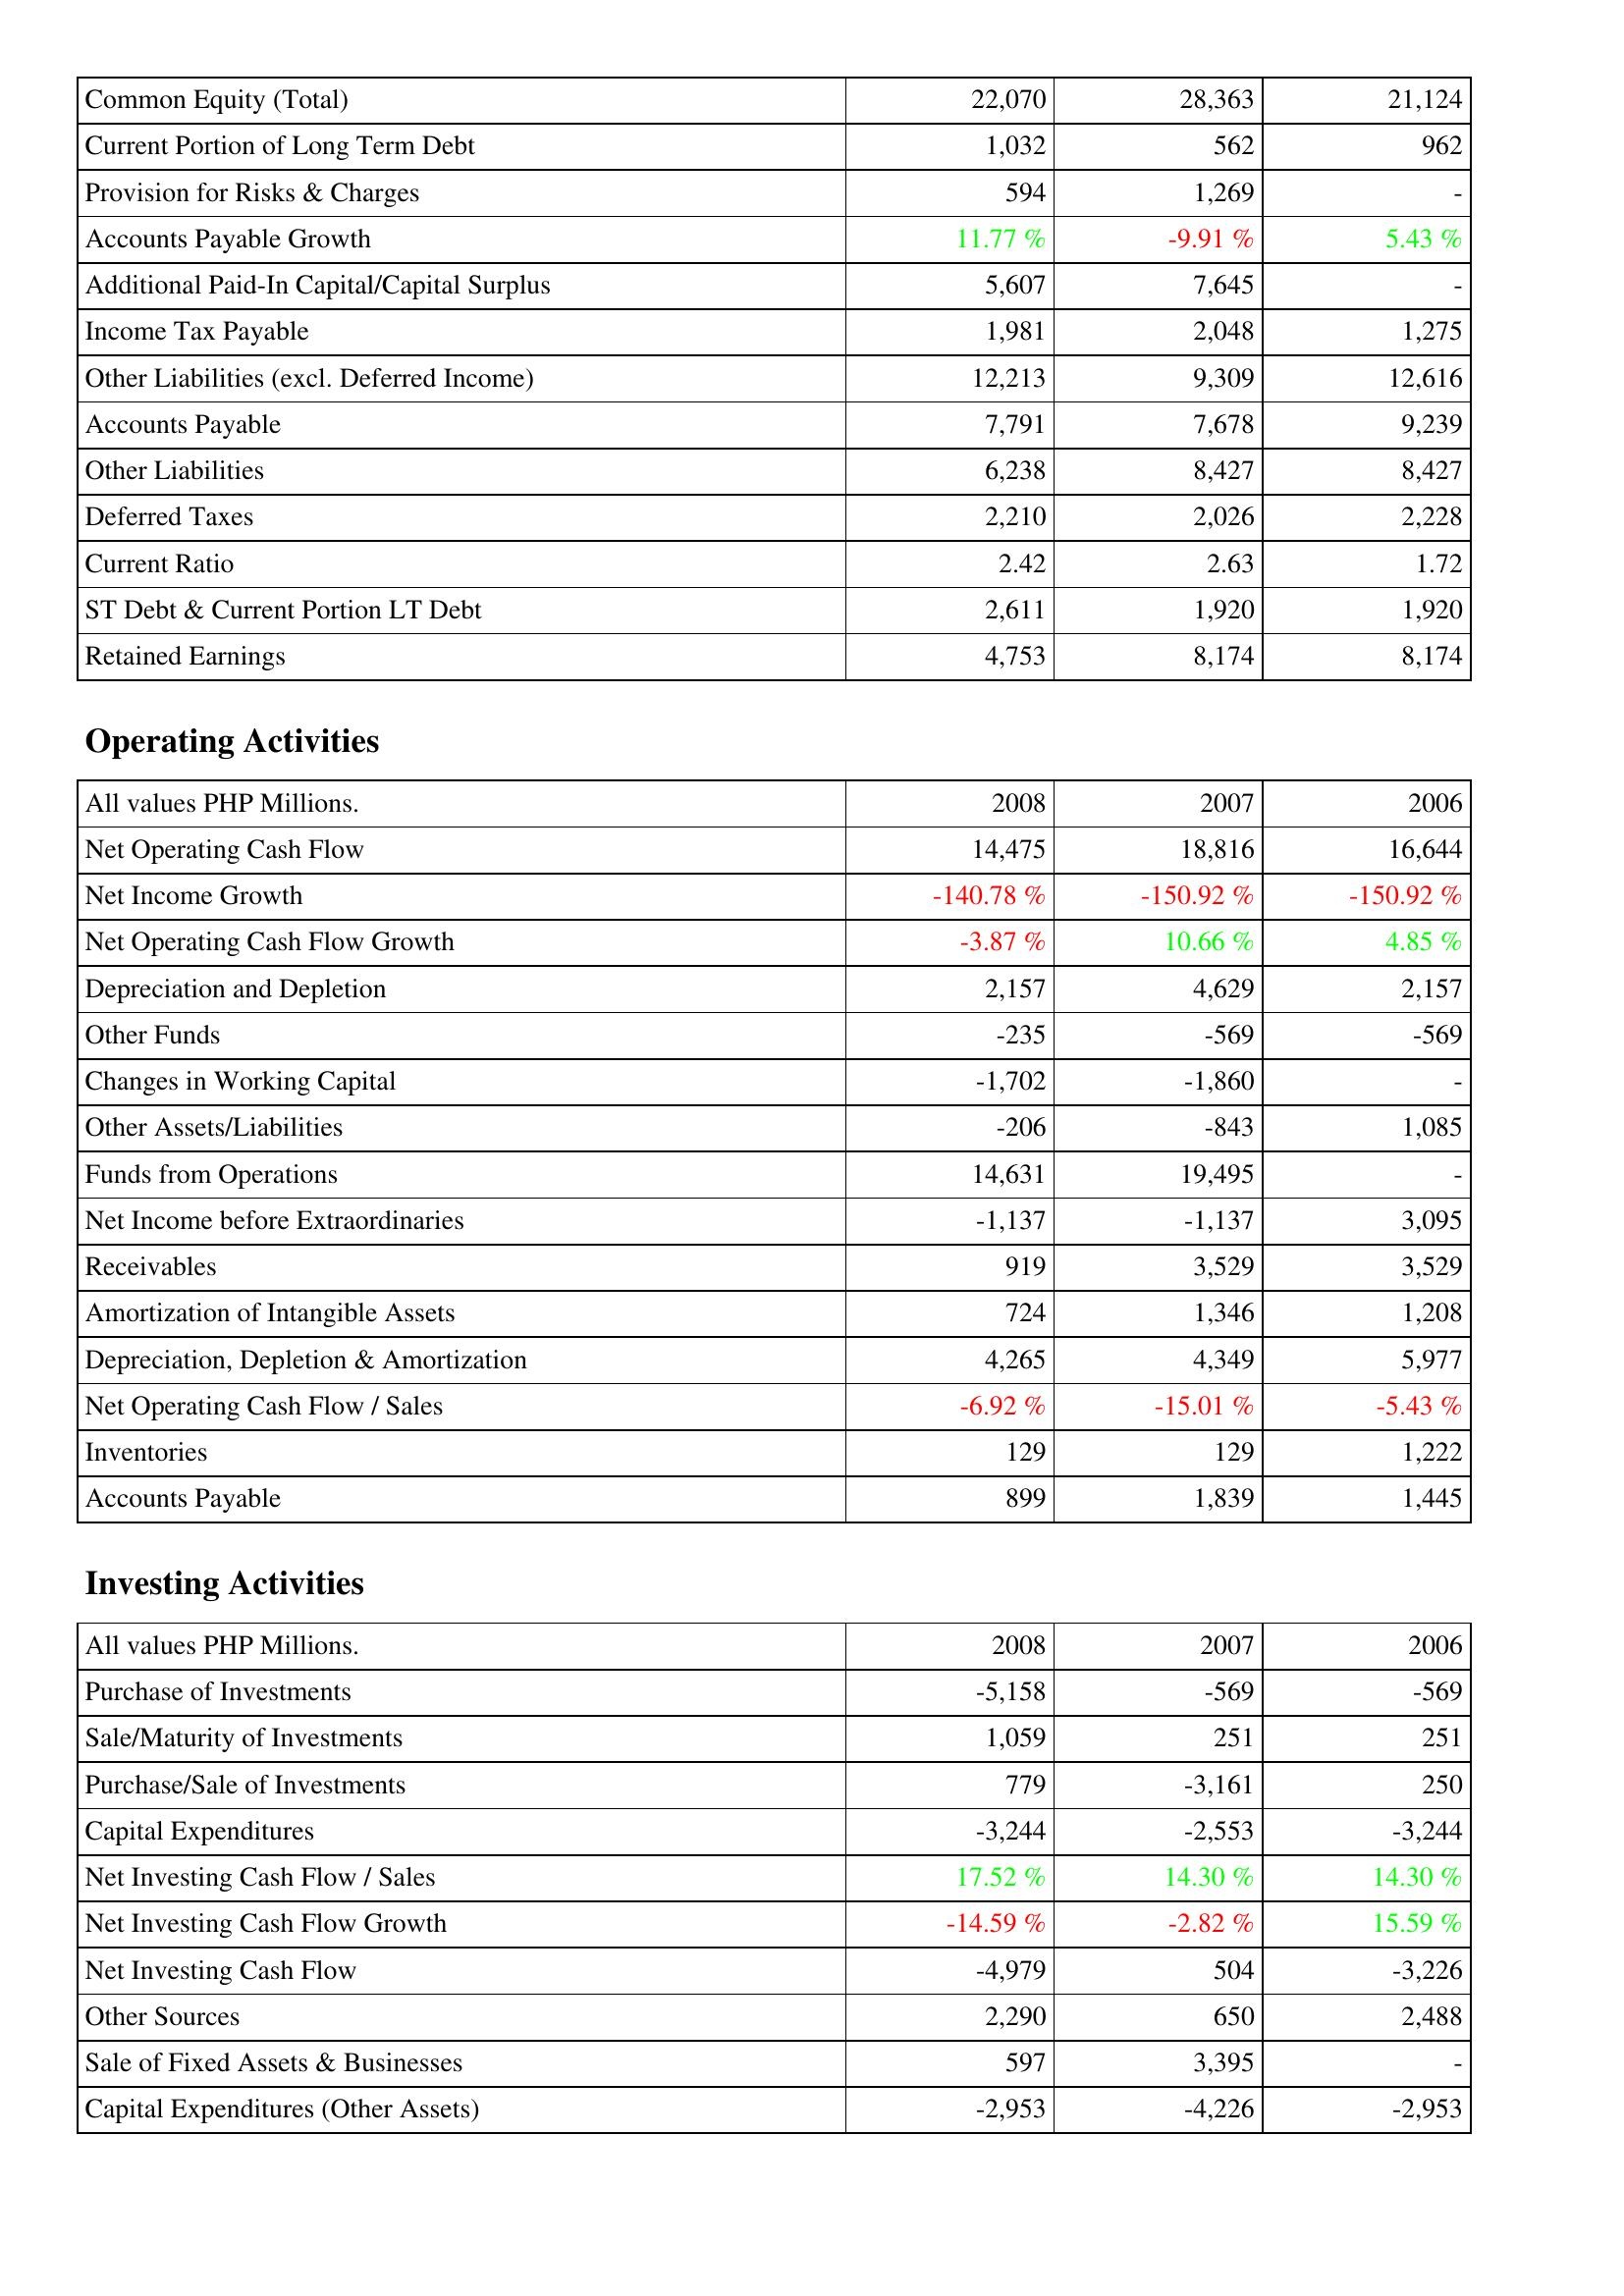
2008: Liabilities & Shareholders' Equity: Common Equity (Total): 22,070
Current Portion of Long Term Debt: 1,032
Provision for Risks & Charges: 594
Accounts Payable Growth: 11.77 %
Additional Paid-In Capital/Capital Surplus: 5,607
Income Tax Payable: 1,981
Other Liabilities (excl. Deferred Income): 12,213
Accounts Payable: 7,791
Other Liabilities: 6,238
Deferred Taxes: 2,210
Current Ratio: 2.42
ST Debt & Current Portion LT Debt: 2,611
Retained Earnings: 4,753
Operating Activities: Net Operating Cash Flow: 14,475
Net Income Growth: -140.78 %
Net Operating Cash Flow Growth: -3.87 %
Depreciation and Depletion: 2,157
Other Funds: -235
Changes in Working Capital: -1,702
Other Assets/Liabilities: -206
Funds from Operations: 14,631
Net Income before Extraordinaries: -1,137
Receivables: 919
Amortization of Intangible Assets: 724
Depreciation, Depletion & Amortization: 4,265
Net Operating Cash Flow / Sales: -6.92 %
Inventories: 129
Accounts Payable: 899
Investing Activities: Purchase of Investments: -5,158
Sale/Maturity of Investments: 1,059
Purchase/Sale of Investments: 779
Capital Expenditures: -3,244
Net Investing Cash Flow / Sales: 17.52 %
Net Investing Cash Flow Growth: -14.59 %
Net Investing Cash Flow: -4,979
Other Sources: 2,290
Sale of Fixed Assets & Businesses: 597
Capital Expenditures (Other Assets): -2,953
2007: Liabilities & Shareholders' Equity: Common Equity (Total): 28,363
Current Portion of Long Term Debt: 562
Provision for Risks & Charges: 1,269
Accounts Payable Growth: -9.91 %
Additional Paid-In Capital/Capital Surplus: 7,645
Income Tax Payable: 2,048
Other Liabilities (excl. Deferred Income): 9,309
Accounts Payable: 7,678
Other Liabilities: 8,427
Deferred Taxes: 2,026
Current Ratio: 2.63
ST Debt & Current Portion LT Debt: 1,920
Retained Earnings: 8,174
Operating Activities: Net Operating Cash Flow: 18,816
Net Income Growth: -150.92 %
Net Operating Cash Flow Growth: 10.66 %
Depreciation and Depletion: 4,629
Other Funds: -569
Changes in Working Capital: -1,860
Other Assets/Liabilities: -843
Funds from Operations: 19,495
Net Income before Extraordinaries: -1,137
Receivables: 3,529
Amortization of Intangible Assets: 1,346
Depreciation, Depletion & Amortization: 4,349
Net Operating Cash Flow / Sales: -15.01 %
Inventories: 129
Accounts Payable: 1,839
Investing Activities: Purchase of Investments: -569
Sale/Maturity of Investments: 251
Purchase/Sale of Investments: -3,161
Capital Expenditures: -2,553
Net Investing Cash Flow / Sales: 14.30 %
Net Investing Cash Flow Growth: -2.82 %
Net Investing Cash Flow: 504
Other Sources: 650
Sale of Fixed Assets & Businesses: 3,395
Capital Expenditures (Other Assets): -4,226
2006: Liabilities & Shareholders' Equity: Common Equity (Total): 21,124
Current Portion of Long Term Debt: 962
Provision for Risks & Charges: -
Accounts Payable Growth: 5.43 %
Additional Paid-In Capital/Capital Surplus: -
Income Tax Payable: 1,275
Other Liabilities (excl. Deferred Income): 12,616
Accounts Payable: 9,239
Other Liabilities: 8,427
Deferred Taxes: 2,228
Current Ratio: 1.72
ST Debt & Current Portion LT Debt: 1,920
Retained Earnings: 8,174
Operating Activities: Net Operating Cash Flow: 16,644
Net Income Growth: -150.92 %
Net Operating Cash Flow Growth: 4.85 %
Depreciation and Depletion: 2,157
Other Funds: -569
Changes in Working Capital: -
Other Assets/Liabilities: 1,085
Funds from Operations: -
Net Income before Extraordinaries: 3,095
Receivables: 3,529
Amortization of Intangible Assets: 1,208
Depreciation, Depletion & Amortization: 5,977
Net Operating Cash Flow / Sales: -5.43 %
Inventories: 1,222
Accounts Payable: 1,445
Investing Activities: Purchase of Investments: -569
Sale/Maturity of Investments: 251
Purchase/Sale of Investments: 250
Capital Expenditures: -3,244
Net Investing Cash Flow / Sales: 14.30 %
Net Investing Cash Flow Growth: 15.59 %
Net Investing Cash Flow: -3,226
Other Sources: 2,488
Sale of Fixed Assets & Businesses: -
Capital Expenditures (Other Assets): -2,953